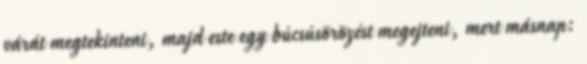
várát megtekinteni, majd este egy búcsúsörözést megejteni, mert másnap: